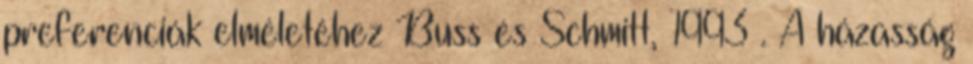
preferenciák elméletéhez Buss és Schmitt, 1993 . A házasság